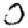
Digit: 0